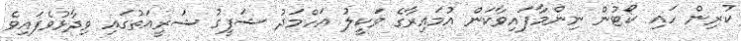
ކުރިން ހައި ކޯޓުން ނިންމާފައިވާކަން އުމައިރާގެ ވަކީލު އަހްމަދު ޝަފީގު ޝަރީއަތުގައި ވިދާޅުވެފައިވެ